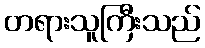
တရားသူကြီးသည်